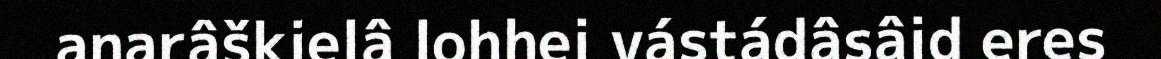
anarâškielâ lohhei vástádâsâid eres